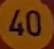
40